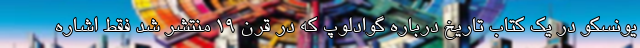
یونسکو در یک کتاب تاریخ درباره گوادلوپ که در قرن ۱۹ منتشر شد فقط اشاره